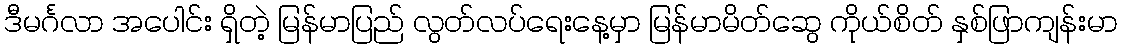
ဒီမင်္ဂလာ အပေါင်း ရှိတဲ့ မြန်မာပြည် လွတ်လပ်ရေးနေ့မှာ မြန်မာမိတ်ဆွေ ကိုယ်စိတ် နှစ်ဖြာကျန်းမာ